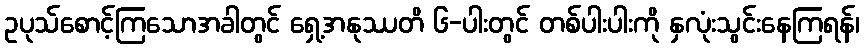
ဥပုသ်စောင့်ကြသောအခါတွင် ရှေ့အနုဿတိ ၆-ပါးတွင် တစ်ပါးပါးကို နှလုံးသွင်းနေကြရန်၊